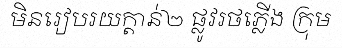
មិនរៀបរយក្តាន់២ ផ្លូវរថភ្លើង ក្រុម